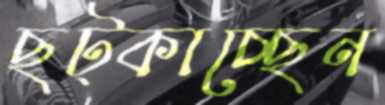
ছট্‌কাচ্ছেন